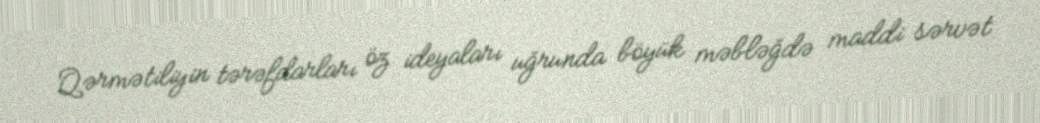
Qərmətiliyin tərəfdarları öz ideyaları uğrunda böyük məbləğdə maddi sərvət